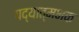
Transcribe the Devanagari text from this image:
पद्यात्मभक